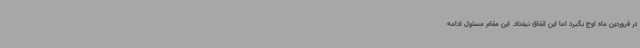
در فروردین ماه اوج بگیرد اما این اتفاق نیفتاد. این مقام مسئول ادامه